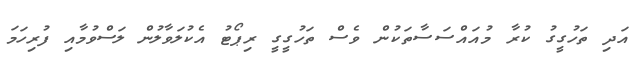
އަދި ތަހުގީގު ކުރާ މުއައްސަސާތަކުން ވެސް ތަހުގީގީ ރިޕޯޓު އެކުލަވާލުން ލަސްވުމާއި ފުރިހަމަ